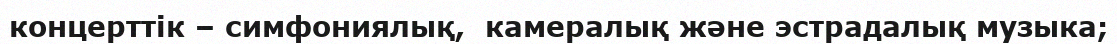
концерттік – симфониялық,  камералық және эстрадалық музыка;